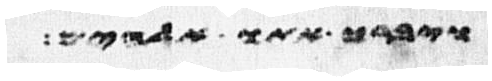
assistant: ויברך אתו אלהים